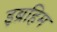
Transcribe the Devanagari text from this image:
इब्रहिम